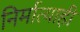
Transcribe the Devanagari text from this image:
निर्मात्याही